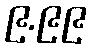
၉.၉၉